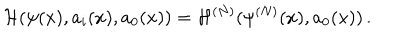
LaTeX: { \cal H } ( \psi ( x ) , a _ { i } ( x ) , a _ { 0 } ( x ) ) = { \cal H } ^ { ( N ) } ( \psi ^ { ( N ) } ( x ) , a _ { 0 } ( x ) ) \, .